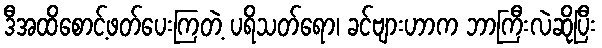
ဒီအထိစောင့်ဖတ်ပေးကြတဲ့ ပရိသတ်ရော၊ ခင်ဗျားဟာက ဘာကြီးလဲဆိုပြီး